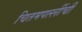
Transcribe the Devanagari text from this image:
चितमपल्लींची